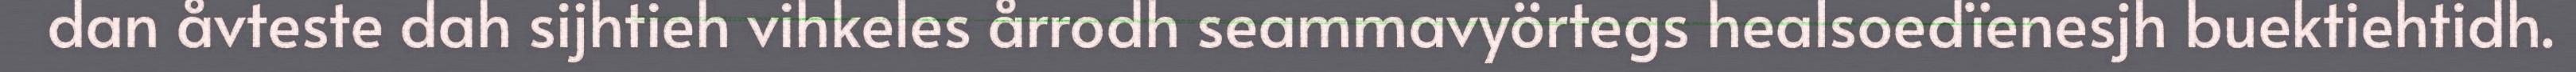
dan åvteste dah sijhtieh vihkeles årrodh seammavyörtegs healsoedïenesjh buektiehtidh.